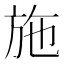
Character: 施